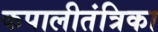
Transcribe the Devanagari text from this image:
कपालीतंत्रिका